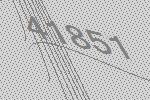
41851